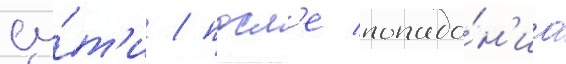
су́т'и / посл'е попада́н'иа